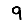
Digit: 9